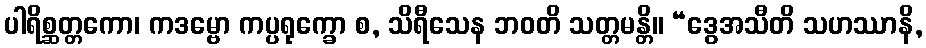
ပါရိစ္ဆတ္တကော၊ ကဒမ္ဗော ကပ္ပရုက္ခော စ, သိရီသေန ဘဝတိ သတ္တမန္တိ။ “ဒွေအသီတိ သဟဿာနိ,